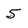
Character: 5